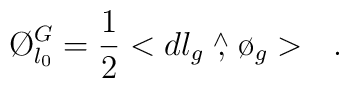
\O_{l_{0}}^{G}=\frac{1}{2}<dl_{g}\stackrel{\wedge}{,}\o_{g}>   \ \ .